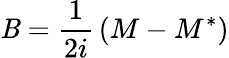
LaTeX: \mathit{B}={\frac{{1}}{{2i}}}\left(M-M^{*}\right)